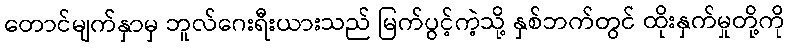
တောင်မျက်နှာမှ ဘူလ်ဂေးရီးယားသည် မြက်ပွင့်ကဲ့သို့ နှစ်ဘက်တွင် ထိုးနှက်မှုတို့ကို